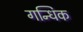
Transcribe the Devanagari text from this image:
गन्धिक